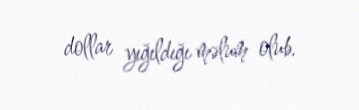
dollar yığıldığı məlum olub.